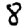
Digit: 8